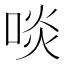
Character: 啖